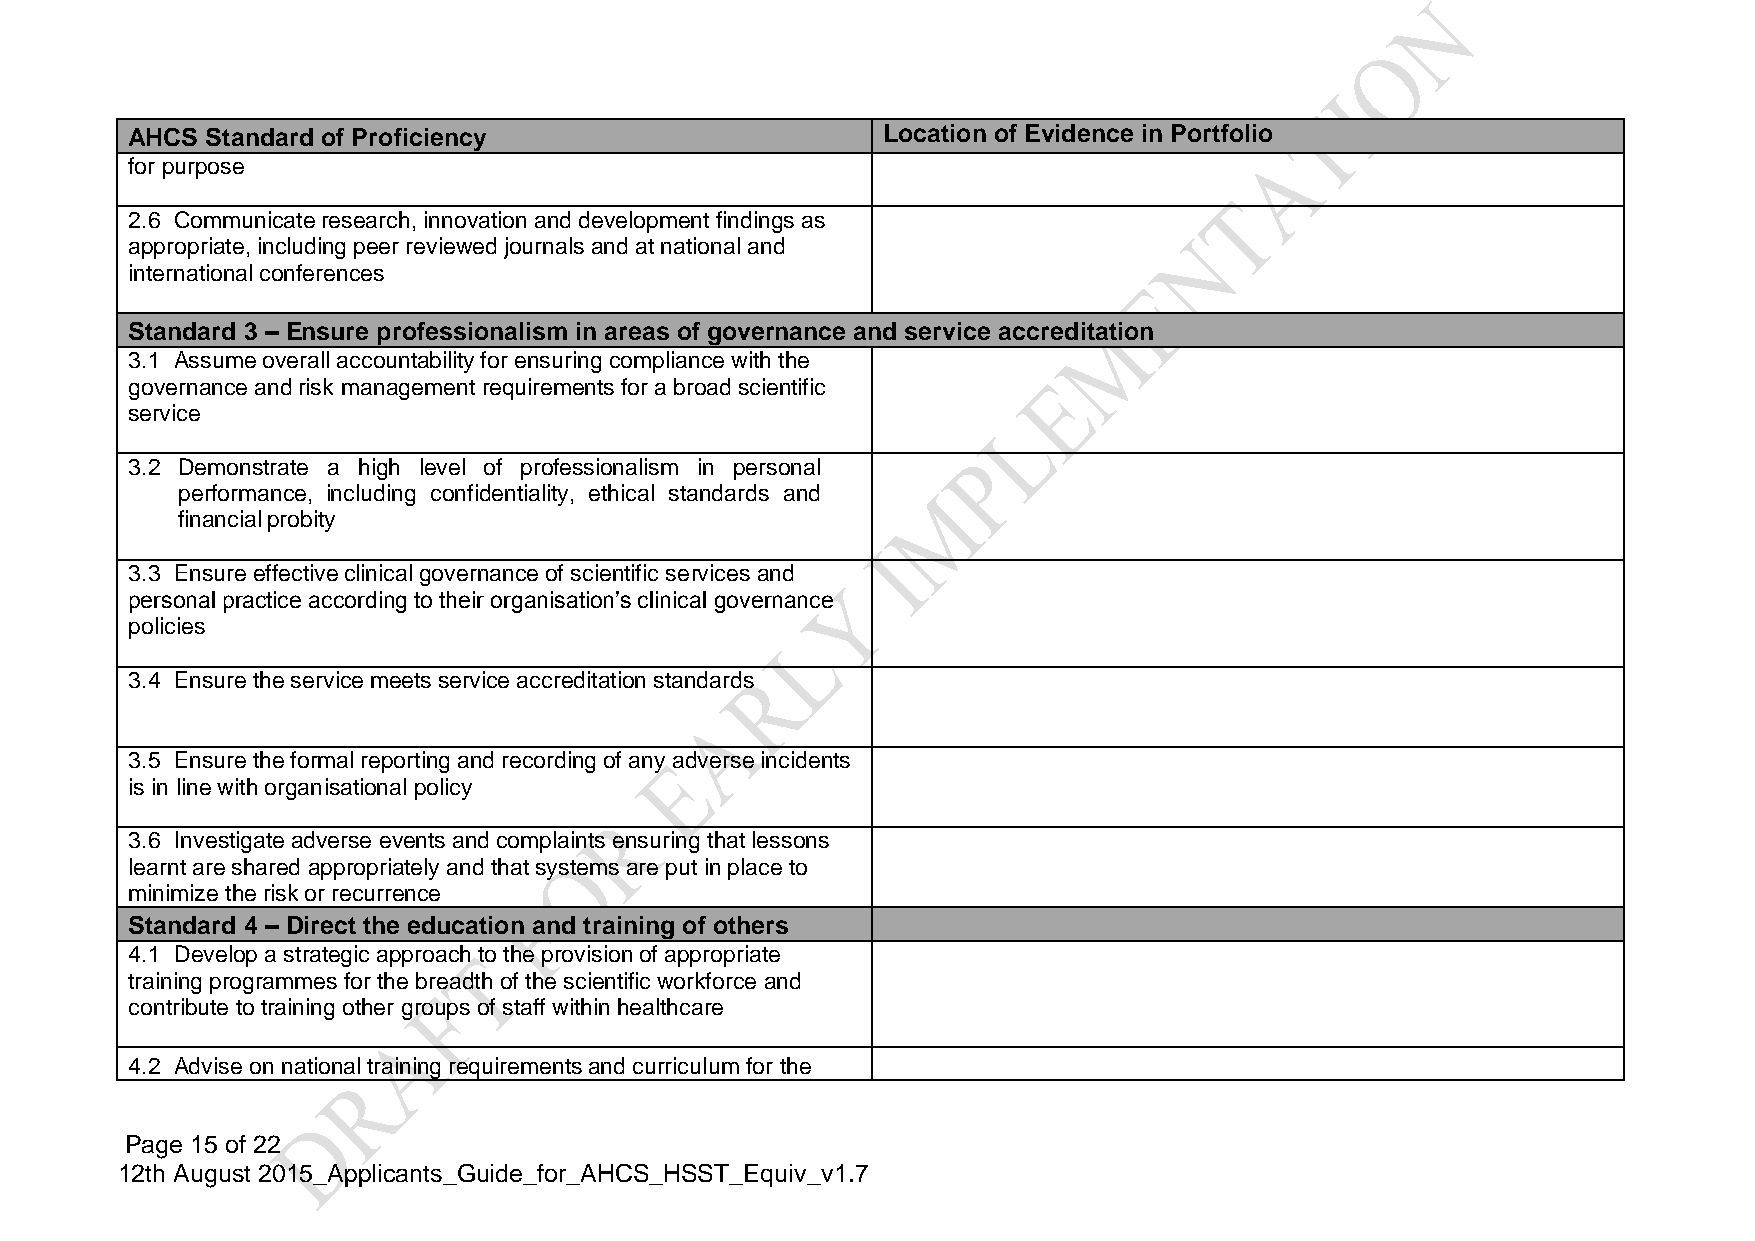
AHCS  Standard of Proficiency                     Location of Evidence in Portfolio
 for purpose
 2.6 Communicate research, innovation and development findings as
 appropriate, including peer reviewed journals and at national and
 international conferences
 Standard 3 – Ensure professionalism in areas of governance and service accreditation
 3.1 Assume overall accountability for ensuring compliance with the
 governance and risk management requirements for a broad scientific
 service
 3.2 Demonstrate a high level of professionalism in personal
 performance, including confidentiality, ethical standards and
 financial probity
 3.3 Ensure effective clinical governance of scientific services and
 personal practice according to their organisation’s clinical governance
 policies
 3.4 Ensure the service meets service accreditation standards
 3.5 Ensure the formal reporting and recording of any adverse incidents
 is in line with organisational policy
 3.6 Investigate adverse events and complaints ensuring that lessons
 learnt are shared appropriately and that systems are put in place to
 minimize the risk or recurrence
 Standard 4 – Direct the education and training of others
 4.1 Develop a strategic approach to the provision of appropriate
 training programmes for the breadth of the scientific workforce and
 contribute to training other groups of staff within healthcare
 4.2 Advise on national training requirements and curriculum for the
 Page 15 of 22
 12th August 2015_Applicants_Guide_for_AHCS_HSST_Equiv_v1.7